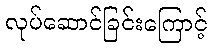
လုပ်ဆောင်ခြင်းကြောင့်